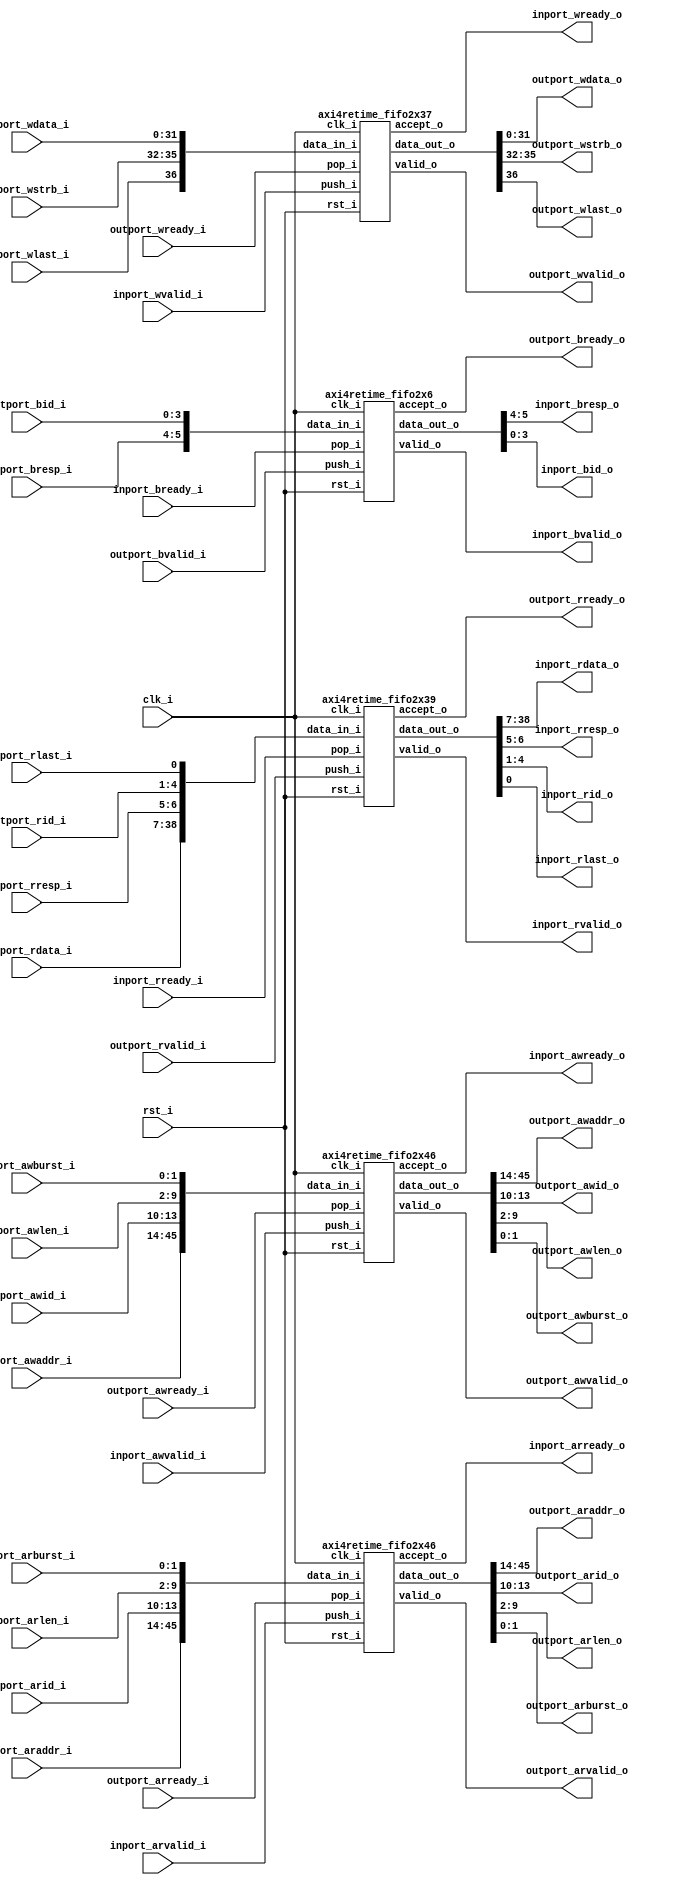
//-----------------------------------------------------------------
//                 USB2Sniffer Linux SBC Project
//                            V0.1
//                     Ultra-Embedded.com
//                       Copyright 2020
//
//                   admin@ultra-embedded.com
//
//                       License: BSD
//-----------------------------------------------------------------
//
// Copyright (c) 2020, Ultra-Embedded.com
// All rights reserved.
// 
// Redistribution and use in source and binary forms, with or without
// modification, are permitted provided that the following conditions 
// are met:
//   - Redistributions of source code must retain the above copyright
//     notice, this list of conditions and the following disclaimer.
//   - Redistributions in binary form must reproduce the above copyright
//     notice, this list of conditions and the following disclaimer 
//     in the documentation and/or other materials provided with the 
//     distribution.
//   - Neither the name of the author nor the names of its contributors 
//     may be used to endorse or promote products derived from this 
//     software without specific prior written permission.
// 
// THIS SOFTWARE IS PROVIDED BY THE COPYRIGHT HOLDERS AND CONTRIBUTORS 
// "AS IS" AND ANY EXPRESS OR IMPLIED WARRANTIES, INCLUDING, BUT NOT 
// LIMITED TO, THE IMPLIED WARRANTIES OF MERCHANTABILITY AND FITNESS FOR 
// A PARTICULAR PURPOSE ARE DISCLAIMED. IN NO EVENT SHALL THE AUTHOR BE 
// LIABLE FOR ANY DIRECT, INDIRECT, INCIDENTAL, SPECIAL, EXEMPLARY, OR 
// CONSEQUENTIAL DAMAGES (INCLUDING, BUT NOT LIMITED TO, PROCUREMENT OF 
// SUBSTITUTE GOODS OR SERVICES; LOSS OF USE, DATA, OR PROFITS; OR 
// BUSINESS INTERRUPTION) HOWEVER CAUSED AND ON ANY THEORY OF 
// LIABILITY, WHETHER IN CONTRACT, STRICT LIABILITY, OR TORT
// (INCLUDING NEGLIGENCE OR OTHERWISE) ARISING IN ANY WAY OUT OF 
// THE USE OF THIS SOFTWARE, EVEN IF ADVISED OF THE POSSIBILITY OF 
// SUCH DAMAGE.
//-----------------------------------------------------------------

module soc_axi_retime
(
    // Inputs
     input           clk_i
    ,input           rst_i
    ,input           inport_awvalid_i
    ,input  [ 31:0]  inport_awaddr_i
    ,input  [  3:0]  inport_awid_i
    ,input  [  7:0]  inport_awlen_i
    ,input  [  1:0]  inport_awburst_i
    ,input           inport_wvalid_i
    ,input  [ 31:0]  inport_wdata_i
    ,input  [  3:0]  inport_wstrb_i
    ,input           inport_wlast_i
    ,input           inport_bready_i
    ,input           inport_arvalid_i
    ,input  [ 31:0]  inport_araddr_i
    ,input  [  3:0]  inport_arid_i
    ,input  [  7:0]  inport_arlen_i
    ,input  [  1:0]  inport_arburst_i
    ,input           inport_rready_i
    ,input           outport_awready_i
    ,input           outport_wready_i
    ,input           outport_bvalid_i
    ,input  [  1:0]  outport_bresp_i
    ,input  [  3:0]  outport_bid_i
    ,input           outport_arready_i
    ,input           outport_rvalid_i
    ,input  [ 31:0]  outport_rdata_i
    ,input  [  1:0]  outport_rresp_i
    ,input  [  3:0]  outport_rid_i
    ,input           outport_rlast_i

    // Outputs
    ,output          inport_awready_o
    ,output          inport_wready_o
    ,output          inport_bvalid_o
    ,output [  1:0]  inport_bresp_o
    ,output [  3:0]  inport_bid_o
    ,output          inport_arready_o
    ,output          inport_rvalid_o
    ,output [ 31:0]  inport_rdata_o
    ,output [  1:0]  inport_rresp_o
    ,output [  3:0]  inport_rid_o
    ,output          inport_rlast_o
    ,output          outport_awvalid_o
    ,output [ 31:0]  outport_awaddr_o
    ,output [  3:0]  outport_awid_o
    ,output [  7:0]  outport_awlen_o
    ,output [  1:0]  outport_awburst_o
    ,output          outport_wvalid_o
    ,output [ 31:0]  outport_wdata_o
    ,output [  3:0]  outport_wstrb_o
    ,output          outport_wlast_o
    ,output          outport_bready_o
    ,output          outport_arvalid_o
    ,output [ 31:0]  outport_araddr_o
    ,output [  3:0]  outport_arid_o
    ,output [  7:0]  outport_arlen_o
    ,output [  1:0]  outport_arburst_o
    ,output          outport_rready_o
);




//-----------------------------------------------------------------
// Write Command Request
//-----------------------------------------------------------------
wire [45:0] write_cmd_req_out_w;

axi4retime_fifo2x46
u_write_cmd_req
(
    .clk_i(clk_i),
    .rst_i(rst_i),

    .push_i(inport_awvalid_i),
    .data_in_i({inport_awaddr_i, inport_awid_i, inport_awlen_i, inport_awburst_i}),
    .accept_o(inport_awready_o),

    .valid_o(outport_awvalid_o),
    .data_out_o(write_cmd_req_out_w),
    .pop_i(outport_awready_i)
);

assign {outport_awaddr_o, outport_awid_o, outport_awlen_o, outport_awburst_o} = write_cmd_req_out_w;

//-----------------------------------------------------------------
// Write Data Request
//-----------------------------------------------------------------
wire [36:0] write_data_req_out_w;

axi4retime_fifo2x37
u_write_data_req
(
    .clk_i(clk_i),
    .rst_i(rst_i),

    .push_i(inport_wvalid_i),
    .data_in_i({inport_wlast_i, inport_wstrb_i, inport_wdata_i}),
    .accept_o(inport_wready_o),

    .valid_o(outport_wvalid_o),
    .data_out_o(write_data_req_out_w),
    .pop_i(outport_wready_i)
);

assign {outport_wlast_o, outport_wstrb_o, outport_wdata_o} = write_data_req_out_w;

//-----------------------------------------------------------------
// Write Response
//-----------------------------------------------------------------
wire [5:0] write_resp_out_w;

axi4retime_fifo2x6
u_write_resp
(
    .clk_i(clk_i),
    .rst_i(rst_i),

    .push_i(outport_bvalid_i),
    .data_in_i({outport_bresp_i, outport_bid_i}),
    .accept_o(outport_bready_o),

    .valid_o(inport_bvalid_o),
    .data_out_o(write_resp_out_w),
    .pop_i(inport_bready_i)
);

assign {inport_bresp_o, inport_bid_o} = write_resp_out_w;

//-----------------------------------------------------------------
// Read Request
//-----------------------------------------------------------------
wire [45:0] read_req_out_w;

axi4retime_fifo2x46
u_read_req
(
    .clk_i(clk_i),
    .rst_i(rst_i),

    .push_i(inport_arvalid_i),
    .data_in_i({inport_araddr_i, inport_arid_i, inport_arlen_i, inport_arburst_i}),
    .accept_o(inport_arready_o),

    .valid_o(outport_arvalid_o),
    .data_out_o(read_req_out_w),
    .pop_i(outport_arready_i)
);

assign {outport_araddr_o, outport_arid_o, outport_arlen_o, outport_arburst_o} = read_req_out_w;

//-----------------------------------------------------------------
// Read Response
//-----------------------------------------------------------------
wire [38:0] read_resp_out_w;

axi4retime_fifo2x39
u_read_resp
(
    .clk_i(clk_i),
    .rst_i(rst_i),

    .push_i(outport_rvalid_i),
    .data_in_i({outport_rdata_i, outport_rresp_i, outport_rid_i, outport_rlast_i}),
    .accept_o(outport_rready_o),

    .valid_o(inport_rvalid_o),
    .data_out_o(read_resp_out_w),
    .pop_i(inport_rready_i)
);

assign {inport_rdata_o, inport_rresp_o, inport_rid_o, inport_rlast_o} = read_resp_out_w;

endmodule

//-----------------------------------------------------------------
//                       FIFO modules
//-----------------------------------------------------------------

module axi4retime_fifo2x37
(
    // Inputs
     input           clk_i
    ,input           rst_i
    ,input  [ 36:0]  data_in_i
    ,input           push_i
    ,input           pop_i

    // Outputs
    ,output [ 36:0]  data_out_o
    ,output          accept_o
    ,output          valid_o
);



//-----------------------------------------------------------------
// Registers
//-----------------------------------------------------------------
reg [36:0]    ram_q[1:0];
reg [0:0]   rd_ptr_q;
reg [0:0]   wr_ptr_q;
reg [1:0]  count_q;

//-----------------------------------------------------------------
// Sequential
//-----------------------------------------------------------------
always @ (posedge clk_i or posedge rst_i)
begin
    if (rst_i == 1'b1)
    begin
        count_q   <= 2'b0;
        rd_ptr_q  <= 1'b0;
        wr_ptr_q  <= 1'b0;
    end
    else
    begin
        // Push
        if (push_i & accept_o)
        begin
            ram_q[wr_ptr_q] <= data_in_i;
            wr_ptr_q        <= wr_ptr_q + 1'd1;
        end

        // Pop
        if (pop_i & valid_o)
        begin
            rd_ptr_q      <= rd_ptr_q + 1'd1;
        end

        // Count up
        if ((push_i & accept_o) & ~(pop_i & valid_o))
        begin
            count_q <= count_q + 2'd1;
        end
        // Count down
        else if (~(push_i & accept_o) & (pop_i & valid_o))
        begin
            count_q <= count_q - 2'd1;
        end
    end
end

//-------------------------------------------------------------------
// Combinatorial
//-------------------------------------------------------------------
assign valid_o       = (count_q != 2'd0);
assign accept_o      = (count_q != 2'd2);




assign data_out_o    = ram_q[rd_ptr_q];



endmodule

module axi4retime_fifo2x39
(
    // Inputs
     input           clk_i
    ,input           rst_i
    ,input  [ 38:0]  data_in_i
    ,input           push_i
    ,input           pop_i

    // Outputs
    ,output [ 38:0]  data_out_o
    ,output          accept_o
    ,output          valid_o
);



//-----------------------------------------------------------------
// Registers
//-----------------------------------------------------------------
reg [38:0]    ram_q[1:0];
reg [0:0]   rd_ptr_q;
reg [0:0]   wr_ptr_q;
reg [1:0]  count_q;

//-----------------------------------------------------------------
// Sequential
//-----------------------------------------------------------------
always @ (posedge clk_i or posedge rst_i)
begin
    if (rst_i == 1'b1)
    begin
        count_q   <= 2'b0;
        rd_ptr_q  <= 1'b0;
        wr_ptr_q  <= 1'b0;
    end
    else
    begin
        // Push
        if (push_i & accept_o)
        begin
            ram_q[wr_ptr_q] <= data_in_i;
            wr_ptr_q        <= wr_ptr_q + 1'd1;
        end

        // Pop
        if (pop_i & valid_o)
        begin
            rd_ptr_q      <= rd_ptr_q + 1'd1;
        end

        // Count up
        if ((push_i & accept_o) & ~(pop_i & valid_o))
        begin
            count_q <= count_q + 2'd1;
        end
        // Count down
        else if (~(push_i & accept_o) & (pop_i & valid_o))
        begin
            count_q <= count_q - 2'd1;
        end
    end
end

//-------------------------------------------------------------------
// Combinatorial
//-------------------------------------------------------------------
assign valid_o       = (count_q != 2'd0);
assign accept_o      = (count_q != 2'd2);




assign data_out_o    = ram_q[rd_ptr_q];



endmodule


module axi4retime_fifo2x46
(
    // Inputs
     input           clk_i
    ,input           rst_i
    ,input  [ 45:0]  data_in_i
    ,input           push_i
    ,input           pop_i

    // Outputs
    ,output [ 45:0]  data_out_o
    ,output          accept_o
    ,output          valid_o
);



//-----------------------------------------------------------------
// Registers
//-----------------------------------------------------------------
reg [45:0]    ram_q[1:0];
reg [0:0]   rd_ptr_q;
reg [0:0]   wr_ptr_q;
reg [1:0]  count_q;

//-----------------------------------------------------------------
// Sequential
//-----------------------------------------------------------------
always @ (posedge clk_i or posedge rst_i)
begin
    if (rst_i == 1'b1)
    begin
        count_q   <= 2'b0;
        rd_ptr_q  <= 1'b0;
        wr_ptr_q  <= 1'b0;
    end
    else
    begin
        // Push
        if (push_i & accept_o)
        begin
            ram_q[wr_ptr_q] <= data_in_i;
            wr_ptr_q        <= wr_ptr_q + 1'd1;
        end

        // Pop
        if (pop_i & valid_o)
        begin
            rd_ptr_q      <= rd_ptr_q + 1'd1;
        end

        // Count up
        if ((push_i & accept_o) & ~(pop_i & valid_o))
        begin
            count_q <= count_q + 2'd1;
        end
        // Count down
        else if (~(push_i & accept_o) & (pop_i & valid_o))
        begin
            count_q <= count_q - 2'd1;
        end
    end
end

//-------------------------------------------------------------------
// Combinatorial
//-------------------------------------------------------------------
assign valid_o       = (count_q != 2'd0);
assign accept_o      = (count_q != 2'd2);




assign data_out_o    = ram_q[rd_ptr_q];



endmodule

module axi4retime_fifo2x6
(
    // Inputs
     input           clk_i
    ,input           rst_i
    ,input  [  5:0]  data_in_i
    ,input           push_i
    ,input           pop_i

    // Outputs
    ,output [  5:0]  data_out_o
    ,output          accept_o
    ,output          valid_o
);



//-----------------------------------------------------------------
// Registers
//-----------------------------------------------------------------
reg [5:0]    ram_q[1:0];
reg [0:0]   rd_ptr_q;
reg [0:0]   wr_ptr_q;
reg [1:0]  count_q;

//-----------------------------------------------------------------
// Sequential
//-----------------------------------------------------------------
always @ (posedge clk_i or posedge rst_i)
begin
    if (rst_i == 1'b1)
    begin
        count_q   <= 2'b0;
        rd_ptr_q  <= 1'b0;
        wr_ptr_q  <= 1'b0;
    end
    else
    begin
        // Push
        if (push_i & accept_o)
        begin
            ram_q[wr_ptr_q] <= data_in_i;
            wr_ptr_q        <= wr_ptr_q + 1'd1;
        end

        // Pop
        if (pop_i & valid_o)
        begin
            rd_ptr_q      <= rd_ptr_q + 1'd1;
        end

        // Count up
        if ((push_i & accept_o) & ~(pop_i & valid_o))
        begin
            count_q <= count_q + 2'd1;
        end
        // Count down
        else if (~(push_i & accept_o) & (pop_i & valid_o))
        begin
            count_q <= count_q - 2'd1;
        end
    end
end

//-------------------------------------------------------------------
// Combinatorial
//-------------------------------------------------------------------
assign valid_o       = (count_q != 2'd0);
assign accept_o      = (count_q != 2'd2);




assign data_out_o    = ram_q[rd_ptr_q];




endmodule